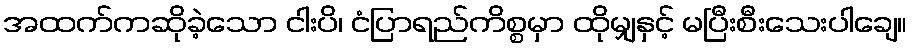
အထက်ကဆိုခဲ့သော ငါးပိ၊ ငံပြာရည်ကိစ္စမှာ ထိုမျှနှင့် မပြီးစီးသေးပါချေ။